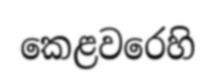
කෙළවරෙහි